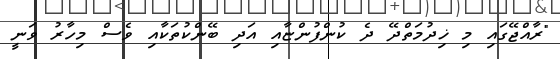
"ރާއްޖޭގައި މި ޚިދުމަތްދޭ ދެ ކުންފުންޏާއި އަދި ބޭންކުތަކާއި ވެސް މިހާރު ވަނީ